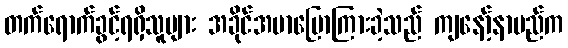
တက်ရောက်ခွင့်ရရှိသူများ အခိုင်အမာပြောကြားခဲ့သည် ကျနော့်နာမည်က